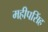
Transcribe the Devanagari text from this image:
महीपसिंह